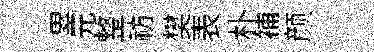
累元整祊樊表朴補颜